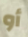
أو